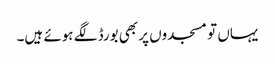
یہاں تو مسجدوں پر بھی بورڈ لگے ہوئے ہیں۔